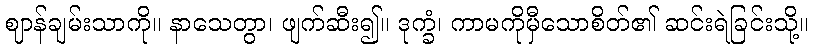
ဈာန်ချမ်းသာကို။ နာသေတွာ၊ ဖျက်ဆီး၍။ ဒုက္ခံ၊ ကာမကိုမှီသောစိတ်၏ ဆင်းရဲခြင်းသို့။